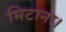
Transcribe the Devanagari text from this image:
मिटाना।